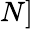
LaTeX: N]